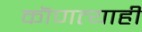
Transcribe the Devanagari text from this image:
कॊणत्याही